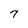
Character: 7